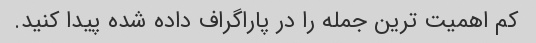
کم اهمیت ترین جمله را در پاراگراف داده شده پیدا کنید.